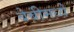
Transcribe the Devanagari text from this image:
बेबीमध्ये